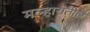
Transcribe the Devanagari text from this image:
मल्हारातील